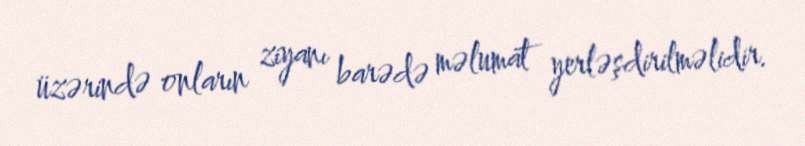
üzərində onların ziyanı barədə məlumat yerləşdirilməlidir.